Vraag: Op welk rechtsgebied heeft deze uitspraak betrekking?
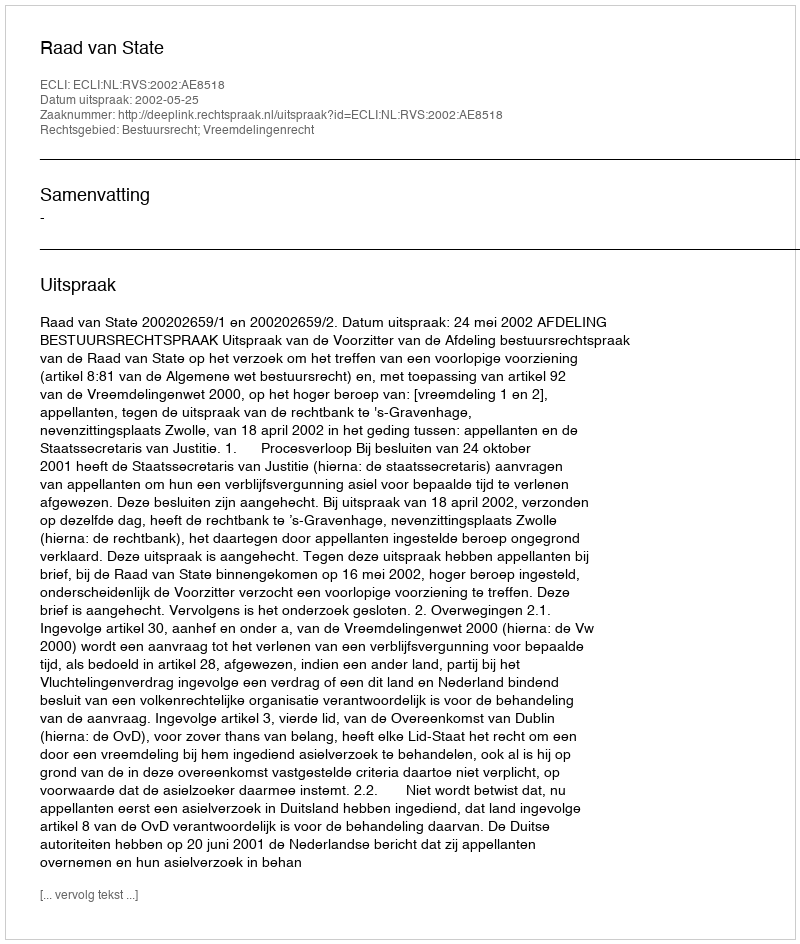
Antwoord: Bestuursrecht; Vreemdelingenrecht